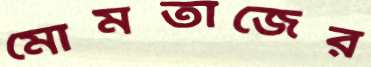
মোমতাজের